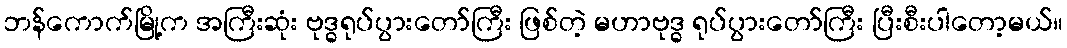
ဘန်ကောက်မြို့က အကြီးဆုံး ဗုဒ္ဓရုပ်ပွားတော်ကြီး ဖြစ်တဲ့ မဟာဗုဒ္ဓ ရုပ်ပွားတော်ကြီး ပြီးစီးပါတော့မယ်။